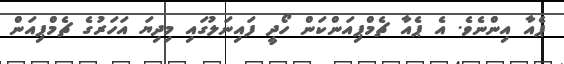
ޕެއާ އިންނެވެ. އެ ޕެއާ ޗެމްޕިއަންކަން ހޯދީ ފައިނަލުގައި މިދިޔަ އަހަރުގެ ޗެމްޕިއަން